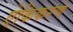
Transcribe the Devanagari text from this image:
ऐकिकरण